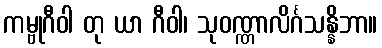
ကမ္ဗုဂီဝါ တု ယာ ဂီဝါ၊ သုဝဏ္ဏာလိင်္ဂသန္နိဘာ။